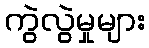
ကွဲလွဲမှုများ